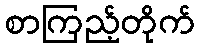
စာကြည့်တိုက်